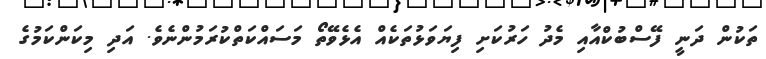
ތަކުން ދަނީ ފޭސްބުކްއާއި މެދު ހަރުކަށި ފިޔަވަޅުތަކެއް އެޅެވޭތޯ މަސައްކަތްކުރަމުންނެވެ. އަދި މިކަންކަމުގެ